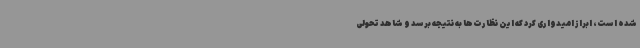
شده است، ابراز امیدواری کرد که این نظارت‌ها به نتیجه برسد و شاهد تحولی